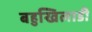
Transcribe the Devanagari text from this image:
बहुखिलाडी